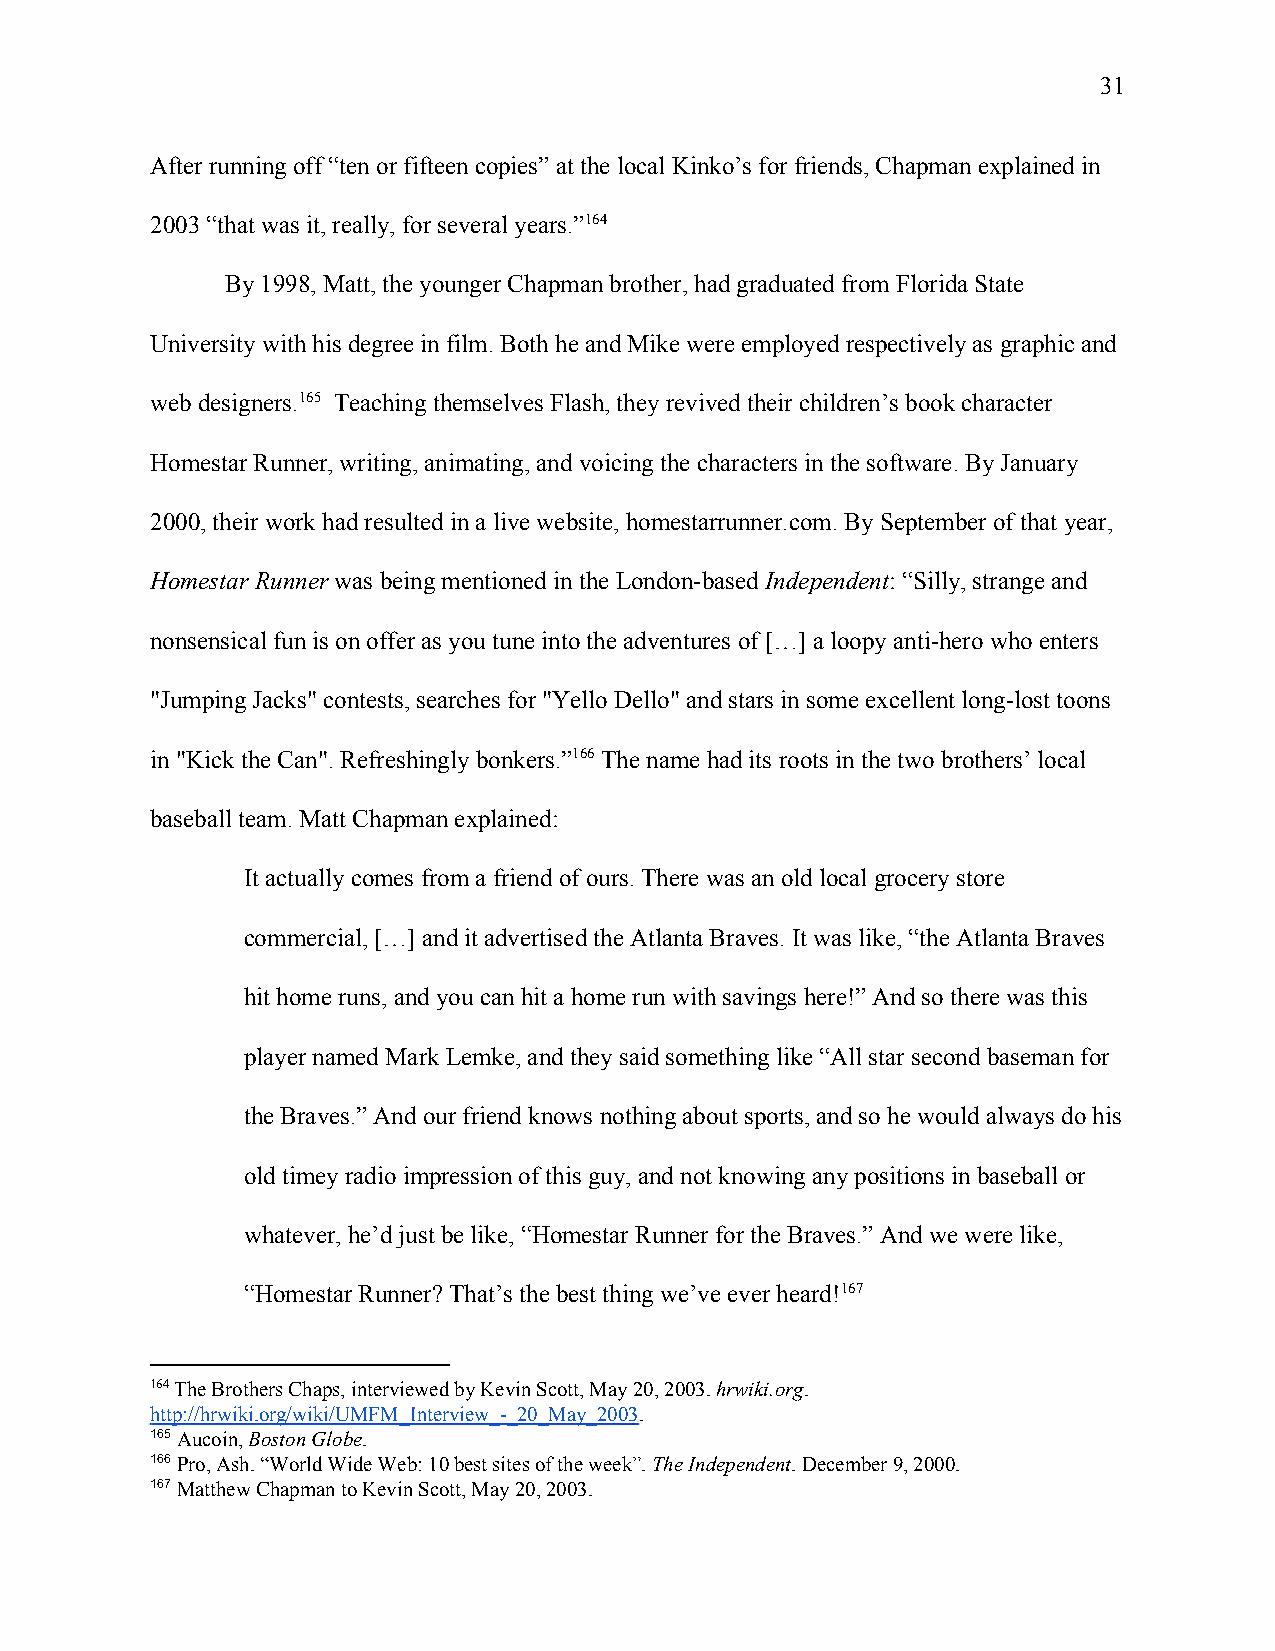
31
 After running off “ten or fifteen copies” at the local Kinko’s for friends, Chapman explained in
 2003 “that was it, really, for several years.”164
 By 1998, Matt, the younger Chapman brother, had graduated from Florida State
 University with his degree in film. Both he and Mike were employed respectively as graphic and
 web designers.165 Teaching themselves Flash, they revived their children’s book character
 Homestar Runner, writing, animating, and voicing the characters in the software. By January
 2000, their work had resulted in a live website, homestarrunner.com. By September of that year,
 Homestar Runner was being mentioned in the London-based Independent: “Silly, strange and
 ​                             ​       ​
 nonsensical fun is on offer as you tune into the adventures of […] a loopy anti-hero who enters
 "Jumping Jacks" contests, searches for "Yello Dello" and stars in some excellent long-lost toons
 in "Kick the Can". Refreshingly bonkers.”166 The name had its roots in the two brothers’ local
 baseball team. Matt Chapman explained:
 It actually comes from a friend of ours. There was an old local grocery store
 commercial, […] and it advertised the Atlanta Braves. It was like, “the Atlanta Braves
 hit home runs, and you can hit a home run with savings here!” And so there was this
 player named Mark Lemke, and they said something like “All star second baseman for
 the Braves.” And our friend knows nothing about sports, and so he would always do his
 old timey radio impression of this guy, and not knowing any positions in baseball or
 whatever, he’d just be like, “Homestar Runner for the Braves.” And we were like,
 “Homestar Runner? That’s the best thing we’ve ever heard!167
 164 The Brothers Chaps, interviewed by Kevin Scott, May 20, 2003. hrwiki.org.
 ​     ​
 http://hrwiki.org/wiki/UMFM_Interview_-_20_May_2003.
 ​
 165 Aucoin, Boston Globe.
 ​   ​       ​
 166 Pro, Ash. “World Wide Web: 10 best sites of the week”. The Independent. December 9, 2000.
 ​                              ​        ​
 167 Matthew Chapman to Kevin Scott, May 20, 2003.
 ​